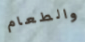
والطعام